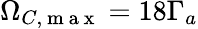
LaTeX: \Omega_{C,\mathrm{~m~a~x~}}=18\Gamma_{a}